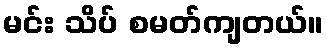
မင်း သိပ် စမတ်ကျတယ်။